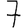
Digit: 7